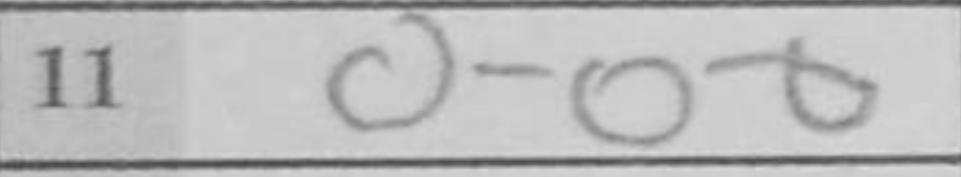
Transcription: O-O-O